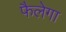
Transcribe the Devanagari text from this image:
फैलेगा